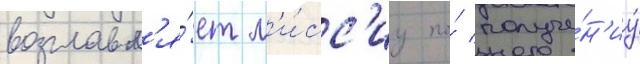
возглавл'я́ет м'и́сс'иу по́ получе́н'иу